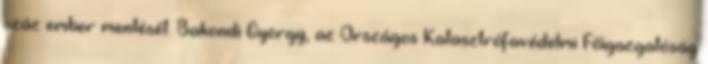
száz ember mentését. Bakondi György, az Országos Katasztrófavédelmi Főigazgatóság